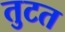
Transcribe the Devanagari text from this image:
तुटत